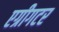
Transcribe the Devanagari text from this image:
एग्रीगटर